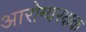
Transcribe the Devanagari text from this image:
आरोग्यरक्षक